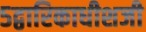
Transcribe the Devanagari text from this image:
५द्वारिकाधीशजी